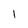
Character: 1